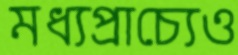
মধ্যপ্রাচ্যেও